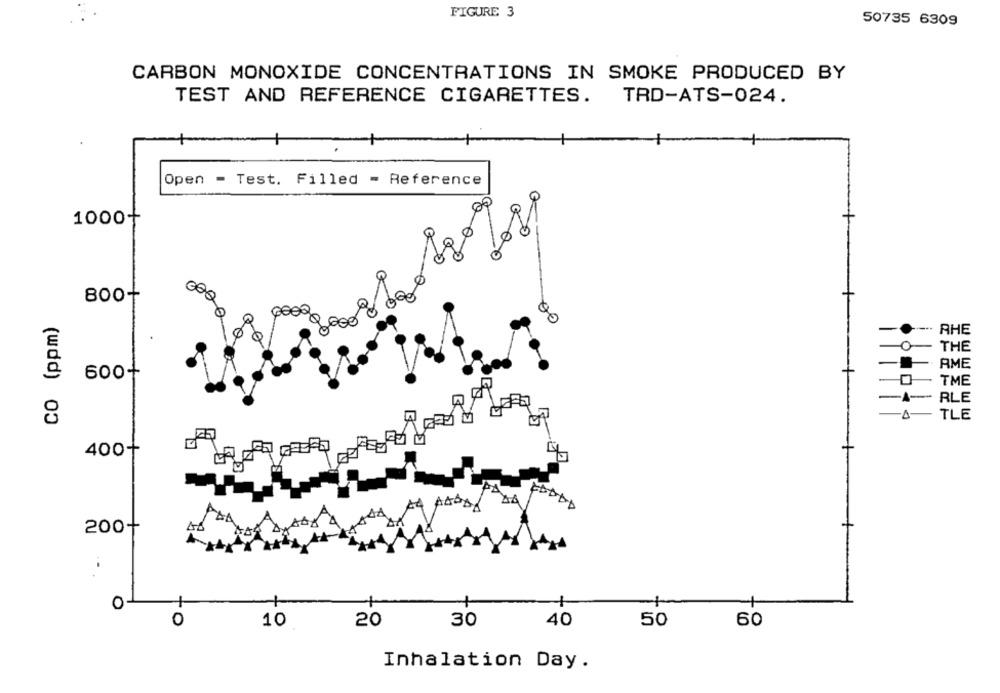
FIGURE 3
50735 6309
CARBON MONOXIDE CONCENTRATIONS IN SMOKE PRODUCED BY
TEST AND REFERENCE CIGARETTES. TRD-ATS-024.
Open - Test. Filled = Reference
00
1000+
18/089
800+
0000
CO (ppm)
00
AHE
THE
AME
600+
TME
RLE
TLE
400+
FDDDD
200+
O
0
10
20
30
40
50
60
Inhalation Day.